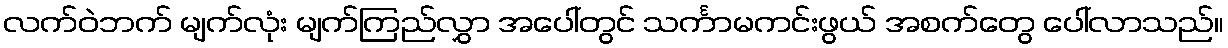
လက်ဝဲဘက် မျက်လုံး မျက်ကြည်လွှာ အပေါ်တွင် သင်္ကာမကင်းဖွယ် အစက်တွေ ပေါ်လာသည်။